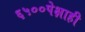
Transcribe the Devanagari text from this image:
६५००पेक्षाही